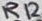
Text: R12